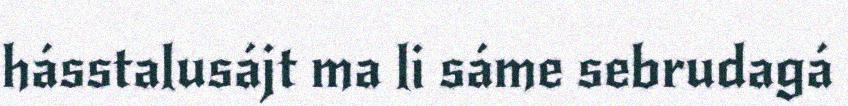
hásstalusájt ma li sáme sebrudagá